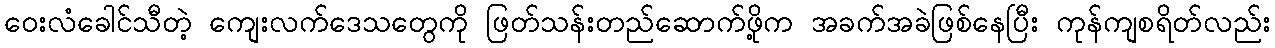
ဝေးလံခေါင်သီတဲ့ ကျေးလက်ဒေသတွေကို ဖြတ်သန်းတည်ဆောက်ဖို့က အခက်အခဲဖြစ်နေပြီး ကုန်ကျစရိတ်လည်း